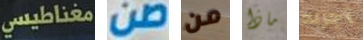
مغناطيسي صن من ماذا أجربه